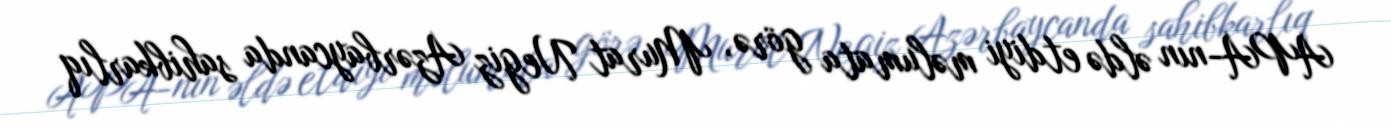
APA-nın əldə etdiyi məlumata görə, Murat Negiz Azərbaycanda sahibkarlıq